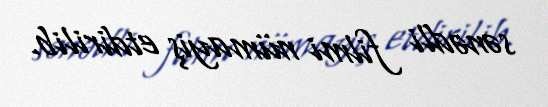
sənədli filmi nümayiş etdirilib.